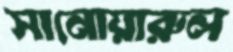
সানোয়ারুল